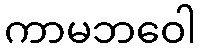
ကာမဘဝေါ